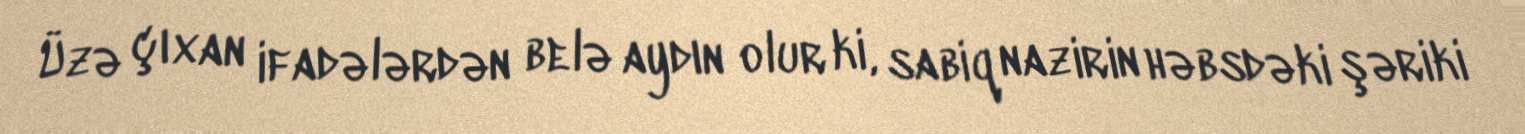
Üzə çıxan ifadələrdən belə aydın olur ki, sabiq nazirin həbsdəki şəriki